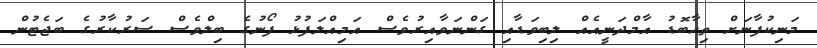
މަނިކުފާނަށް ތިހާބޮޑު އާމްދަނީއެއް ލިބިވަޑާއި ގަންނަވާއިރުވެސް އަމިއްލަފުޅު ފޯނުގެ ބިލްވެސް ސަރުކާރުގެ ބަޖެޓުން